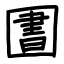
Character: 圕